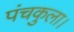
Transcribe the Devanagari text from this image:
पंचकुला।